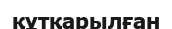
құтқарылған